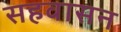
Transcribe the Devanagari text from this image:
सहवासन